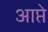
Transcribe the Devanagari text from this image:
आप्ते